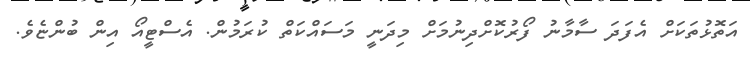
އަތޮޅުތަކަށް އެފަދަ ސާމާނު ފޯރުކޮށްދިނުމަށް މިދަނީ މަސައްކަތް ކުރަމުން. އެސްޓީއޯ އިން ބުންޏެވެ.